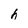
Character: h